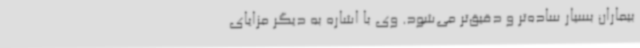
بیماران بسیار ساده‌تر و دقیق‌تر می‌شود. وی با اشاره به دیگر مزایای